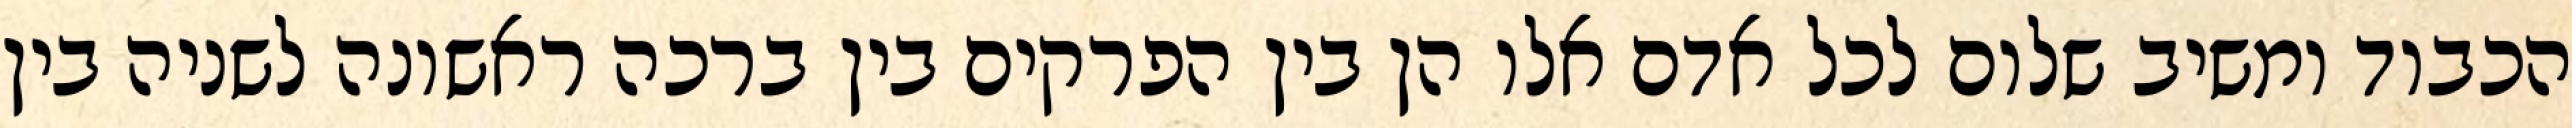
הכבוד ומשיב שלום לכל אדם אלו הן בין הפרקים בין ברכה ראשונה לשניה בין